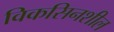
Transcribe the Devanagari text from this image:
विकसिनशील